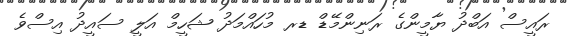
ރައީސް އަބްދު ޔާމީންގެ ރަނިންމޭޑް ޑރ މުހައްމަދު ޝަހީމް އަލީ ސައީދު އިސްވެ